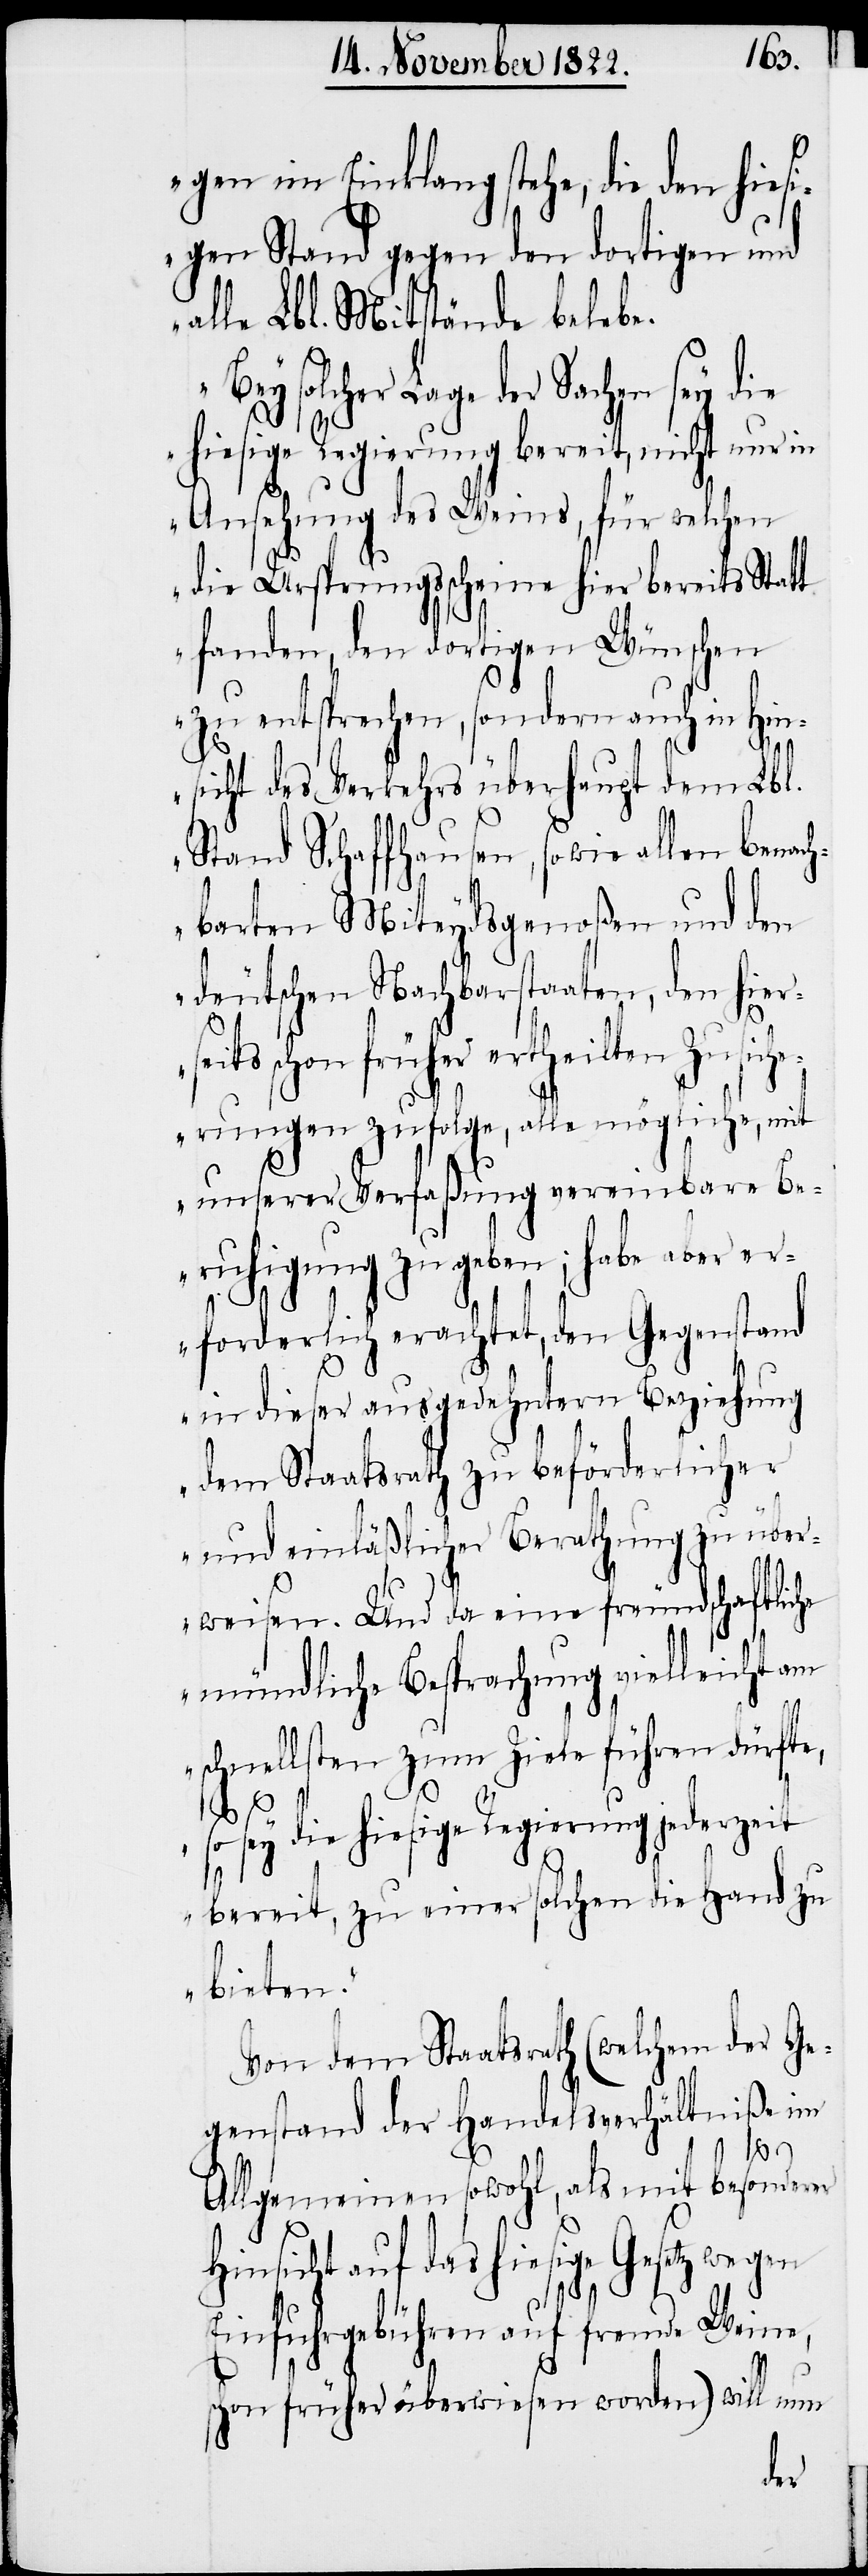
gen im Einklang stehe, die den hies¬
igen Stand gegen den dortigen und
alle Lbl. Mitstände belebe.
solcher Lage der Sachen sey die
hiesige Regierung bereit, nicht nur in
Ansehung des Weins, für welchen
die Ursprungsscheine hier bereits Statt
fanden, den dortigen Wünschen
zu entsprechen, sondern auch in Hin¬
sicht des Verkehrs überhaupt dem Lbl.
Stand Schaffhausen, sowie allen benach¬
barten Miteydsgenoßen und den
deutschen Nachbarstaaten, den hier¬
früher ertheilten Zusich¬
erungen zufolge, alle mögliche, mit
unserer Verfaßung vereinbare Be¬
ruhigung zu geben; habe aber er¬
H¬
forderlich erachtet, den Gegenstand
in dieser ausgedehntern Beziehung
dem Staatsrath zu beförderlicher
und einläßlicher Berathung zu über¬
weisen. Und da eine freundschaftliche
mündliche Besprachung vielleicht am
schnellsten zum Ziele führen dürfte,
so sey die hiesige Regierung jederzeit
bereit, zu einer solchen die Hand zu
bieten.“
Von dem Staatsrath (welchem der Ge¬
genstand der Handelsverhältniße im
Allgemeinen sowohl, als mit besonderer
insicht auf das hiesige Gesetz
Einfuhrgebühren auf fremde Weine,
schon früher überwiesen worden) will nun